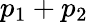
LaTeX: p_{1}+p_{2}